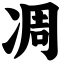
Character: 凋